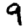
Digit: 9